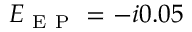
E _ { \mathrm { ~ E ~ P ~ } } = - i 0 . 0 5